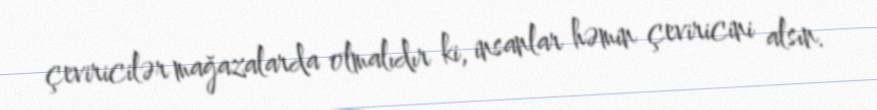
çeviricilər mağazalarda olmalıdır ki, insanlar həmin çeviricini alsın.